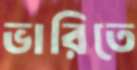
ভারিতে